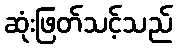
ဆုံးဖြတ်သင့်သည်